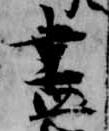
尽